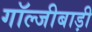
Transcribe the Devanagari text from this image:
गॉल्जीबाड़ी